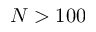
N > 1 0 0